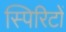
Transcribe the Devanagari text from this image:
स्पिरिटों